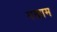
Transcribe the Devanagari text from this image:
मखाम